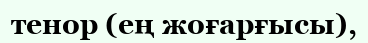
тенор (ең жоғарғысы),